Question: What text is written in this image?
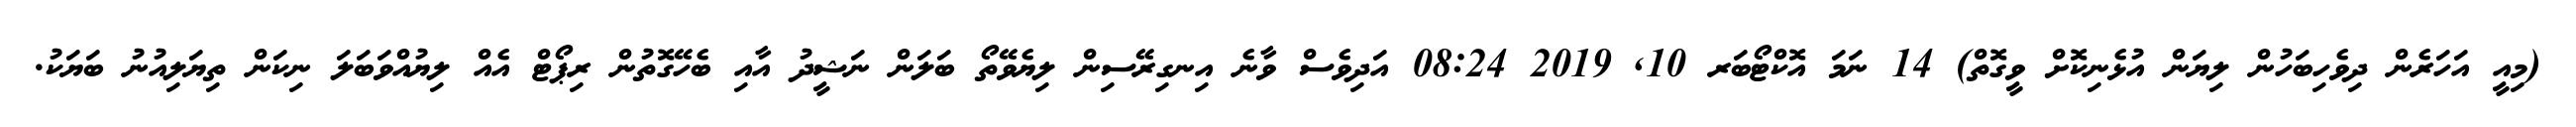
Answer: (މިއީ އަހަރެން ދިވެހިބަހުން ލިޔަން އުޅެނިކޮށް ވީގޮތް) 14 ނަމަ އޮކްޓޯބަރ 10, 2019 08:24 އަދިވެސް ވާނެ އިނގިރޭސިން ލިޔެވޭތޯ ބަލަން ނަޝީދު އާއި ބެހޭގޮތުން ރިޕޯޓް އެއް ލިޔުއްވަބަލަ ނިކަން ތިޔަލިއުނު ބަޔަކު.